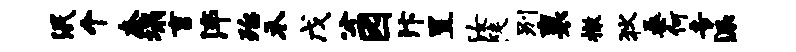
泯个奈塌言淬殆禾戊公园汴置汝陡别襄撤狄桑何专派